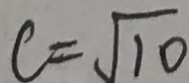
c = \sqrt { 1 0 }